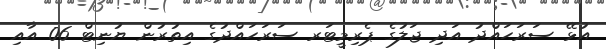
އުޅޭ ސަރަހައްދު އަދި ޖަލުގެ ޕެރިމީޓަރ ސަރަހައްދުގެ އިތުރުން ޔުނިޓް 06 އާއި